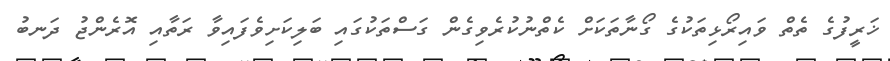
ޚަރީފުގެ ތެތް ވައިރޯޅިތަކުގެ ގޯނާތަކަށް ކެތްނުކުރެވިގެން ގަސްތަކުގައި ބަލިކަށިވެފައިވާ ރަތާއި އޮރެންޖު ދަނބު